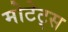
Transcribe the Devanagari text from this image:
मोटेट्स